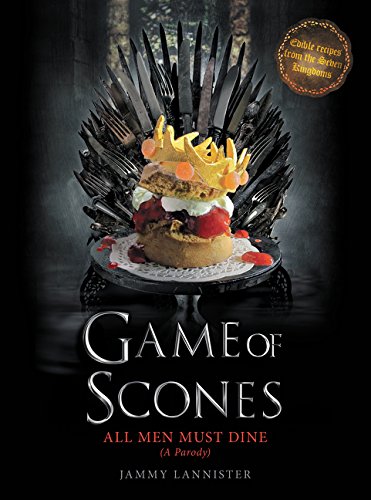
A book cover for Game of Scones: All Men Must Dine: A Parody; Jammy Lannister; Cookbooks, Food & Wine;